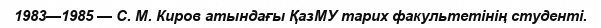
1983—1985 — С. М. Киров атындағы ҚазМУ тарих факультетінің студенті.